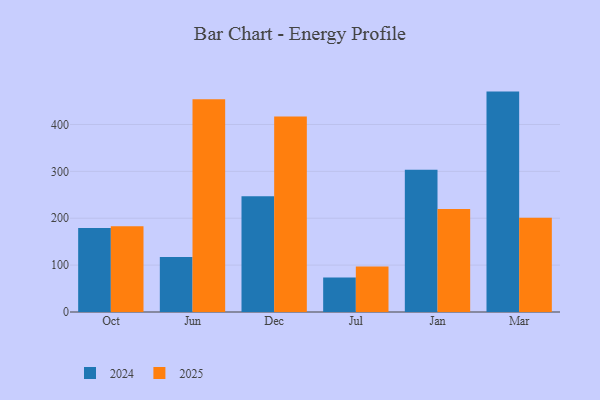
{"axis": {"x": "Month", "y": "Temperature (°C)"}, "legend": ["2024", "2025"], "data": [{"x": "Oct", "y": 179.1, "type": "2024"}, {"x": "Oct", "y": 183.0, "type": "2025"}, {"x": "Jun", "y": 117.2, "type": "2024"}, {"x": "Jun", "y": 454.0, "type": "2025"}, {"x": "Dec", "y": 246.9, "type": "2024"}, {"x": "Dec", "y": 417.2, "type": "2025"}, {"x": "Jul", "y": 73.8, "type": "2024"}, {"x": "Jul", "y": 97.0, "type": "2025"}, {"x": "Jan", "y": 303.6, "type": "2024"}, {"x": "Jan", "y": 219.6, "type": "2025"}, {"x": "Mar", "y": 470.1, "type": "2024"}, {"x": "Mar", "y": 200.9, "type": "2025"}]}